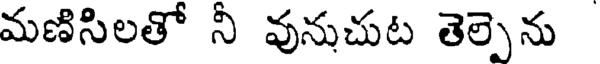
మణిసిలతో నీ వునుచుట తెల్పెను